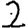
Digit: 2